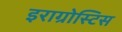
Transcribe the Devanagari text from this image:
इराग्रोस्टिस